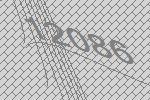
12086